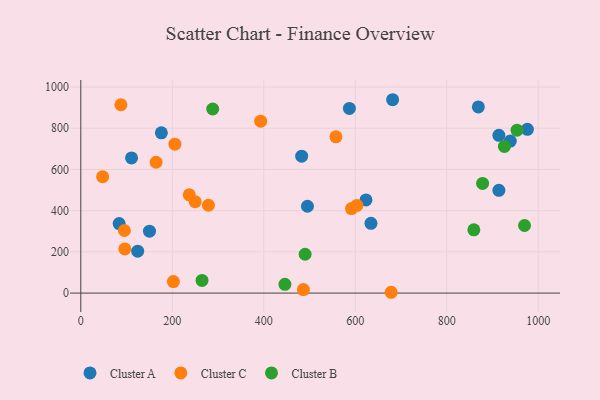
{"axis": {"x": "Price", "y": "Profit"}, "legend": ["Cluster A", "Cluster B", "Cluster C"], "data": [{"x": "913.9", "y": 498.9, "type": "Cluster A"}, {"x": "83.8", "y": 337.5, "type": "Cluster A"}, {"x": "869.0", "y": 903.3, "type": "Cluster A"}, {"x": "482.8", "y": 664.6, "type": "Cluster A"}, {"x": "634.3", "y": 338.6, "type": "Cluster A"}, {"x": "150.1", "y": 300.2, "type": "Cluster A"}, {"x": "110.9", "y": 655.8, "type": "Cluster A"}, {"x": "176.1", "y": 777.9, "type": "Cluster A"}, {"x": "495.5", "y": 421.3, "type": "Cluster A"}, {"x": "623.4", "y": 452.2, "type": "Cluster A"}, {"x": "124.3", "y": 203.6, "type": "Cluster A"}, {"x": "938.9", "y": 737.7, "type": "Cluster A"}, {"x": "587.1", "y": 896.1, "type": "Cluster A"}, {"x": "913.9", "y": 765.8, "type": "Cluster A"}, {"x": "681.6", "y": 938.4, "type": "Cluster A"}, {"x": "976.2", "y": 794.8, "type": "Cluster A"}, {"x": "47.7", "y": 565.1, "type": "Cluster C"}, {"x": "591.8", "y": 410.3, "type": "Cluster C"}, {"x": "250.0", "y": 443.8, "type": "Cluster C"}, {"x": "87.6", "y": 913.9, "type": "Cluster C"}, {"x": "164.6", "y": 634.9, "type": "Cluster C"}, {"x": "393.2", "y": 834.2, "type": "Cluster C"}, {"x": "486.6", "y": 16.9, "type": "Cluster C"}, {"x": "603.5", "y": 425.3, "type": "Cluster C"}, {"x": "205.7", "y": 722.6, "type": "Cluster C"}, {"x": "96.2", "y": 214.3, "type": "Cluster C"}, {"x": "279.0", "y": 426.3, "type": "Cluster C"}, {"x": "95.3", "y": 303.7, "type": "Cluster C"}, {"x": "202.4", "y": 55.9, "type": "Cluster C"}, {"x": "557.7", "y": 758.5, "type": "Cluster C"}, {"x": "237.1", "y": 476.9, "type": "Cluster C"}, {"x": "678.4", "y": 3.9, "type": "Cluster C"}, {"x": "265.0", "y": 61.3, "type": "Cluster B"}, {"x": "878.3", "y": 532.2, "type": "Cluster B"}, {"x": "926.0", "y": 711.6, "type": "Cluster B"}, {"x": "859.2", "y": 306.8, "type": "Cluster B"}, {"x": "446.2", "y": 42.6, "type": "Cluster B"}, {"x": "970.0", "y": 328.0, "type": "Cluster B"}, {"x": "288.3", "y": 893.4, "type": "Cluster B"}, {"x": "953.6", "y": 790.6, "type": "Cluster B"}, {"x": "490.3", "y": 188.5, "type": "Cluster B"}]}